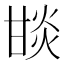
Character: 𤯇